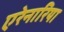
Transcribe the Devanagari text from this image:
एरेनारिया